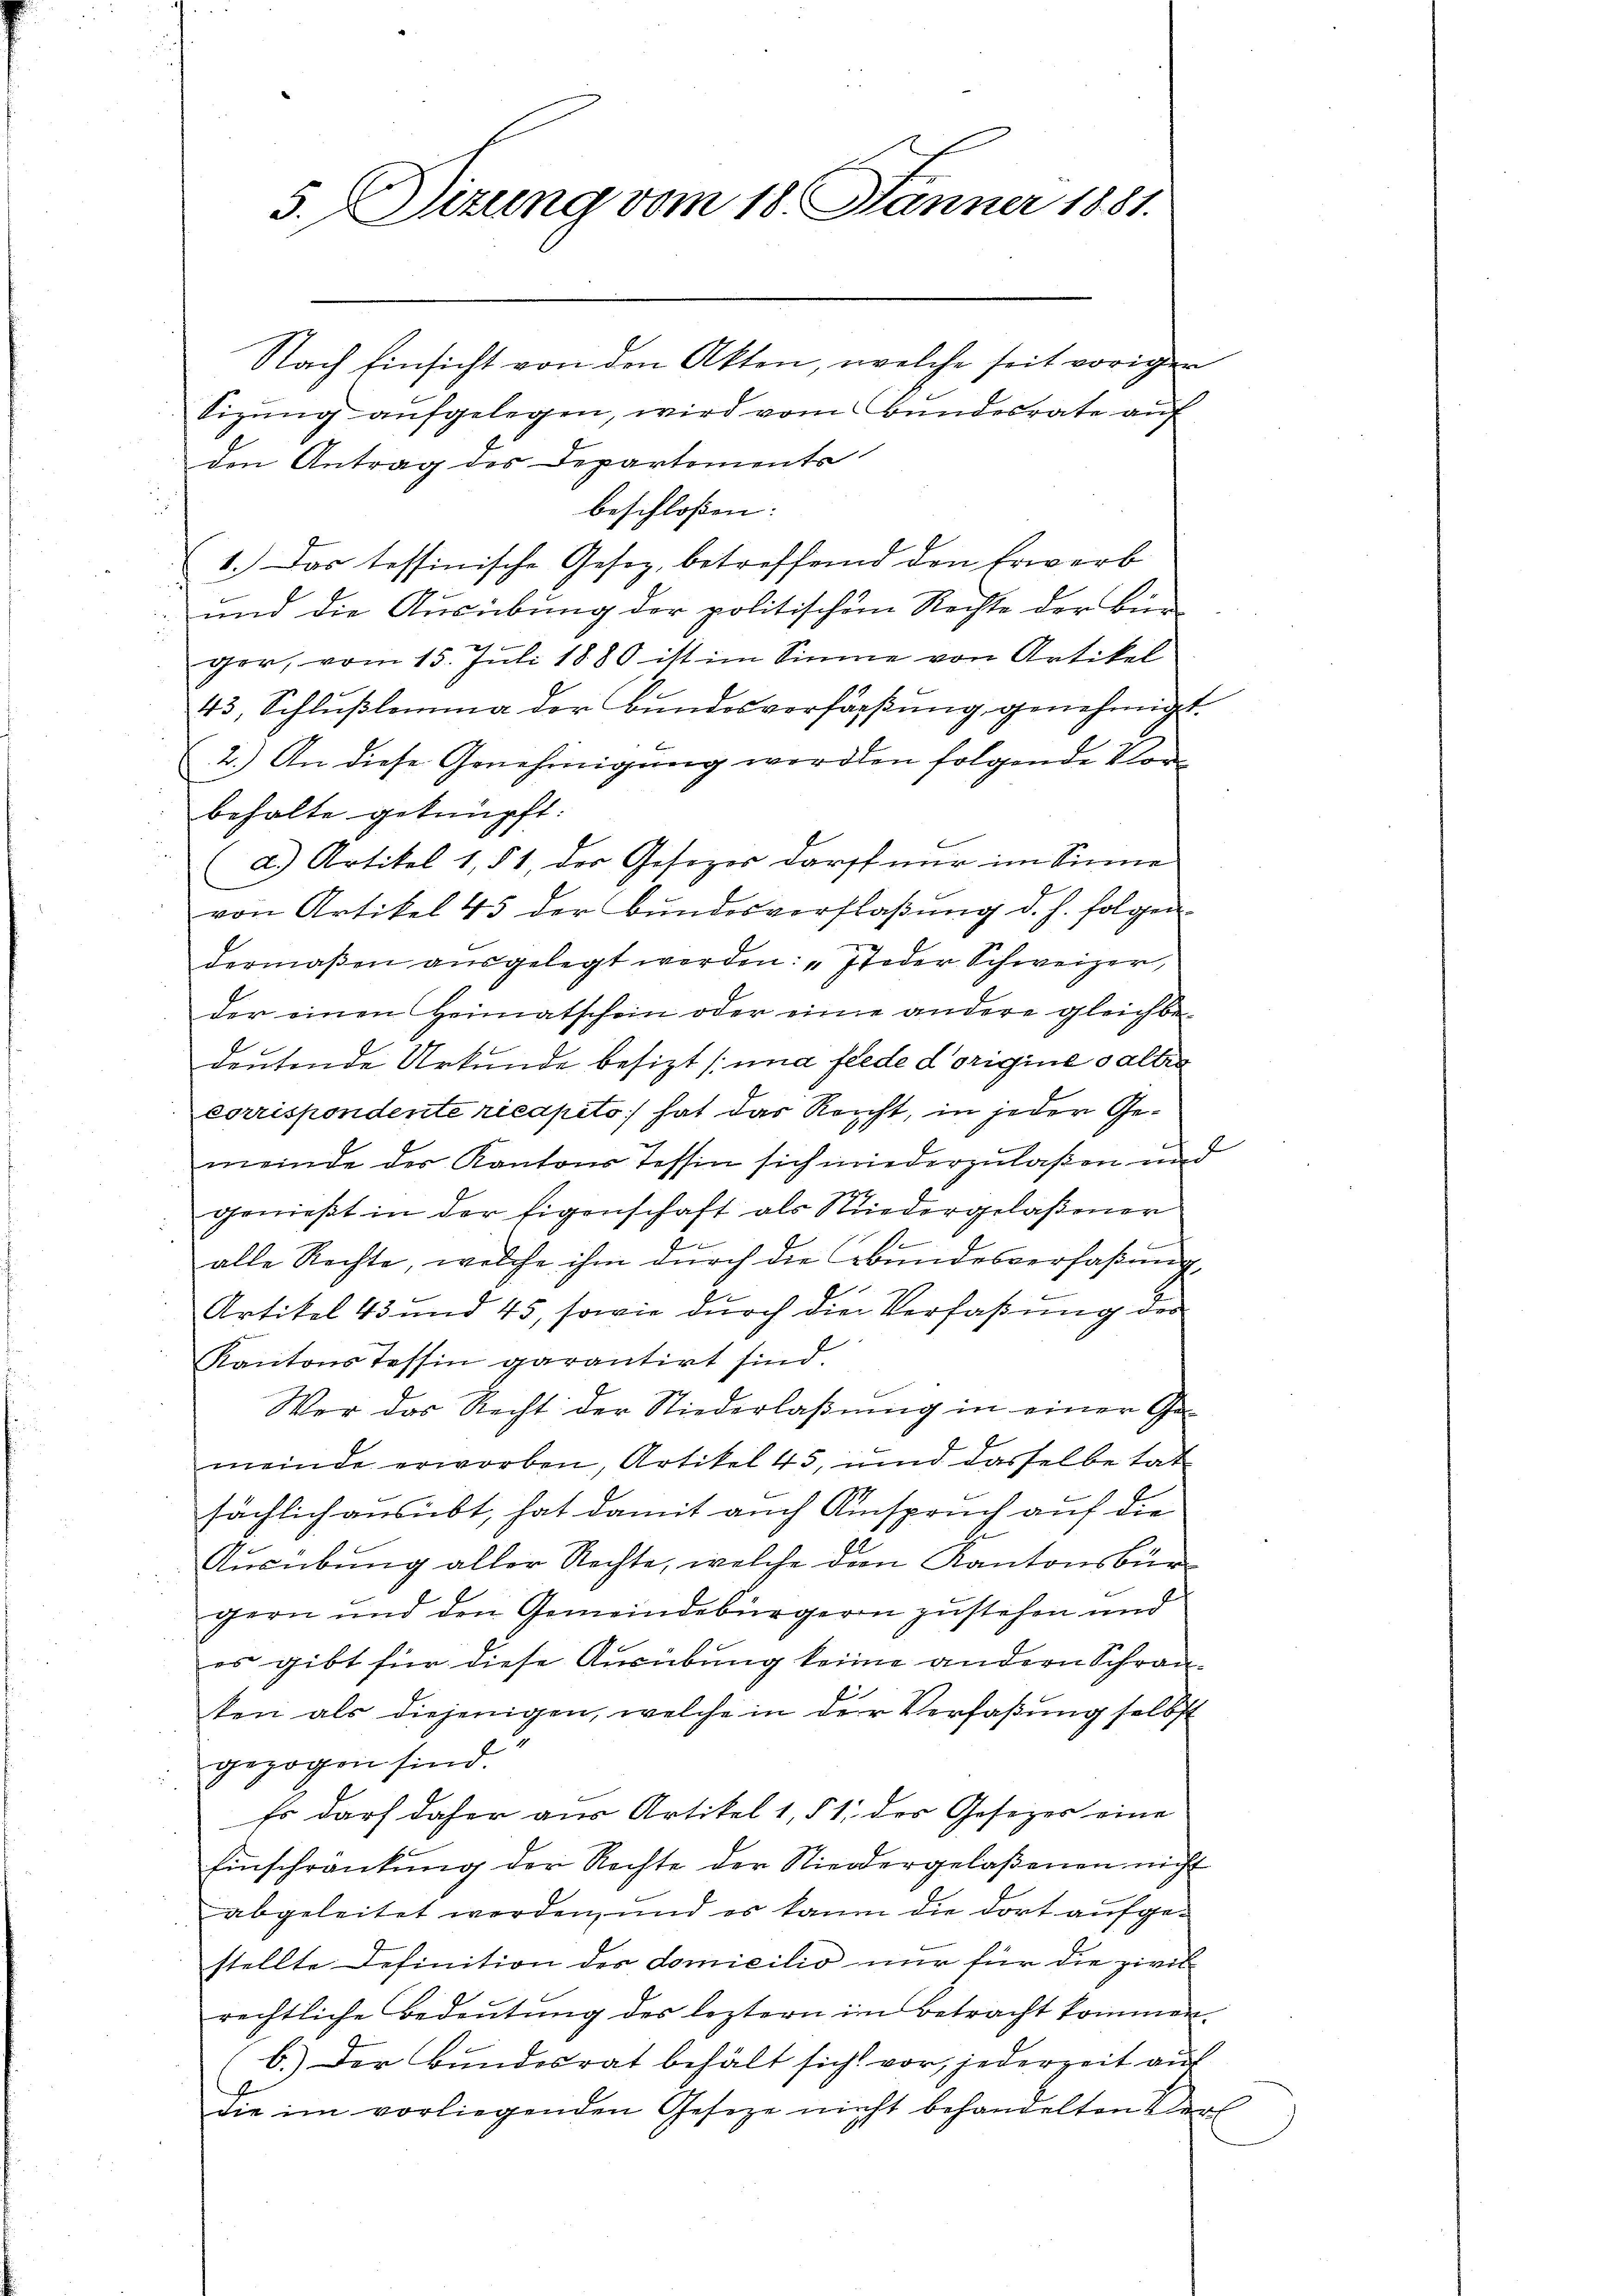
5.Sizung vom 18. Jänner 1881.

Nach Einsicht von den Akten, welche seit voriger

Sizŭng aŭfgelegen, wird vom Bundesrate auf
den Antrag des Departements
beschloßen:
1.) Das tessinische Gesetz, betreffend den Erwerb
d
und die Ausübung der politischen Rechte der Ben
ger, vom 15. Juli 1880 ist im Sinne von Artikel
43, Schlußlemma der Bundesverfaßung genehmigt.
2.) An diese Genehmigung werden folgende Vorbehalte geknüpft:
(d.) Artikel 1, § 1, der Gesezes darst nur im Sinne
von Artikel 45 der Bundesverflaßung d. h. folgen
dermaßen ausgelegt werden: „Jeder Schweizer,
der einen Heimatschein oder eine andere gleichbe-
deutende Urkunde besizt (und fiede dorigine salber
corrispondente ricapito hat das Reicht, in jeder Gemeinde der Kantons Tessin sich wiederzulaßen und
genießt in der Eigenschaft als Niedergelaßener
Se
alle Rechte, welche ihm durch die bundesverfaßung,
Artikel 43 und 45, sowie dŭrch die Verfassŭng des
Kantons Tessin garantirt sind.
Wer das Recht der Niederlaßung in einer Ge-
meinde erworben, Artikel 45, und dasselbe tat
sächlich ausübt, hat damit auch Anspruch auf die
Ausübung aller Rechte, welche dem Kantonsbürgern und den Gemeindebürgern zustehen und
es gibt für diese Ausübung keine andern Schran-
ten als diejenigen, welche in der Verfaßung selbst
gezogen sind.
Es darf daher aus Artikel 1, § 1 des Gesezer eine
Einschränkung der Rechte der Niedergelaßenen nicht
abgeleitet werden, und es kaum die dort aufgestellte Definition des domicilio nur für die zivil
rechtliche Bedeutung des leztern im Betracht kommen.
b.) Der Bundesrat behält sich vor, jederzeit auf
die im vorliegenden Gesetze nicht behandelten Verl